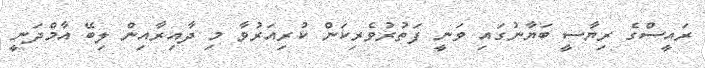
ރައީސްގެ ރިޔާސީ ބަޔާނުގައި ވަނީ ފަތުރުވެރިކަން ކުރިއަރުވާ މި ދާއިރާއިން ލިބޭ އާމްދަނީ